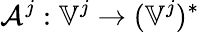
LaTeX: \mathcal{A}^{j}:\mathbb{V}^{j}\to(\mathbb{V}^{j})^{*}